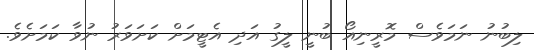
ލިބުނު ނަމަވެސް މޮރީނިއޯ ބުނީ ލީގު އަދި އެޓީމަށް ކަށަވަރު ނުވާ ކަމަށެވެ.